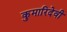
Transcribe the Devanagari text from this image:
कुमारिदेवी